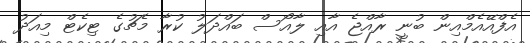
އެފްއޭއެމްއިން ބުނީ ރާއްޖެ އާއި ލާއޯސް ބައްދަލު ކުރާ މެޗުގެ ޓިކެޓް މިއަދު